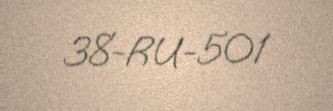
38-RU-501